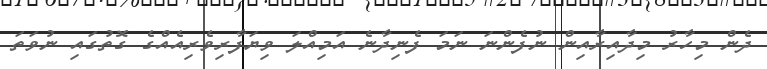
ދެން މިހާރު މިދާއިރާއިން ނުފެންނަ ނަމަ ފެނިދާނެ އަމިއްލަ ވިޔަފާރިވެރިއެއްގެ ގޮތުގައި ނުވަތަ